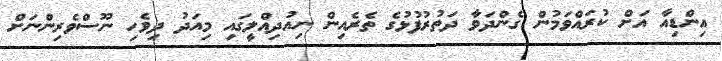
އިންޑިއާ އަށް ކުރައްވަމުން ގެންދަވާ ދަތުރުފުޅުގެ ތެރެއިން ނިއުދިއްލީގައި މިއަދު ދިވެހި ނޫސްވެރިންނަށް